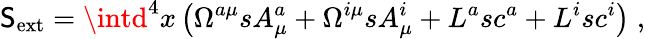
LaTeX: \mathsf{S}_{\mathrm{{ext}}}=\intd^{4}x\left(\Omega^{a\mu}sA_{\mu}^{a}+\Omega^{i\mu}sA_{\mu}^{i}+L^{a}sc^{a}+L^{i}sc^{i}\right)\; ,